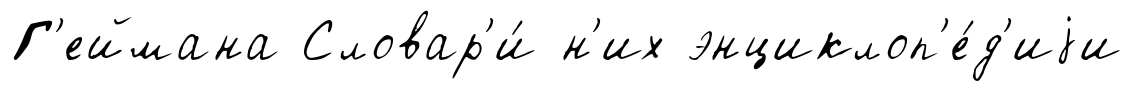
Г'еймана Словар'и́ н'их энциклоп'е́д'иjи